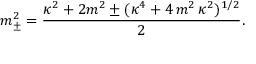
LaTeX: m _ { \pm } ^ { 2 } = \frac { \kappa ^ { 2 } + 2 m ^ { 2 } \pm ( \kappa ^ { 4 } + 4 \, m ^ { 2 } \, \kappa ^ { 2 } ) ^ { 1 / 2 } } { 2 } .